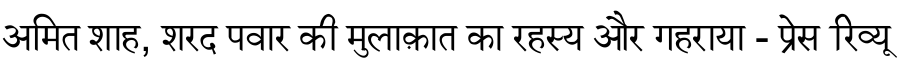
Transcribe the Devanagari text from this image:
अमित शाह, शरद पवार की मुलाक़ात का रहस्य और गहराया - प्रेस रिव्यू